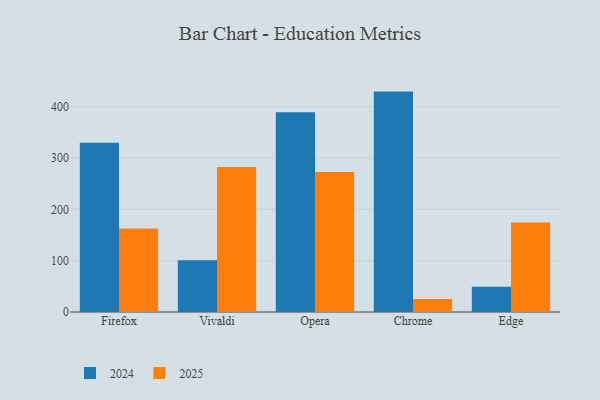
{"axis": {"x": "Browser", "y": "Latency (ms)"}, "legend": ["2024", "2025"], "data": [{"x": "Firefox", "y": 162.8, "type": "2025"}, {"x": "Firefox", "y": 329.8, "type": "2024"}, {"x": "Vivaldi", "y": 282.6, "type": "2025"}, {"x": "Vivaldi", "y": 100.9, "type": "2024"}, {"x": "Opera", "y": 273.1, "type": "2025"}, {"x": "Opera", "y": 389.2, "type": "2024"}, {"x": "Chrome", "y": 25.1, "type": "2025"}, {"x": "Chrome", "y": 429.6, "type": "2024"}, {"x": "Edge", "y": 174.4, "type": "2025"}, {"x": "Edge", "y": 49.3, "type": "2024"}]}